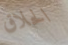
الحلاق